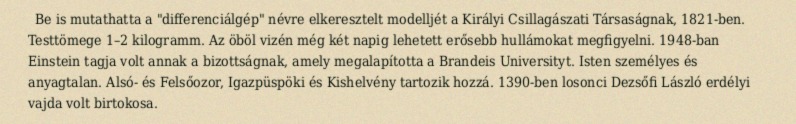
Be is mutathatta a "differenciálgép" névre elkeresztelt modelljét a Királyi Csillagászati Társaságnak, 1821-ben. Testtömege 1–2 kilogramm. Az öböl vizén még két napig lehetett erősebb hullámokat megfigyelni. 1948-ban Einstein tagja volt annak a bizottságnak, amely megalapította a Brandeis Universityt. Isten személyes és anyagtalan. Alsó- és Felsőozor, Igazpüspöki és Kishelvény tartozik hozzá. 1390-ben losonci Dezsőfi László erdélyi vajda volt birtokosa.